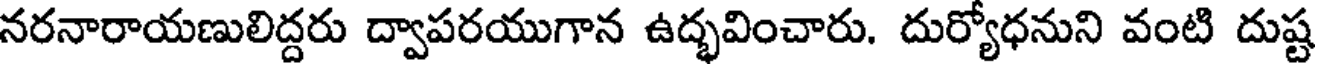
నరనారాయణులిద్దరు ద్వాపరయుగాన ఉద్భవించారు. దుర్యోధనుని వంటి దుష్ట